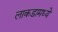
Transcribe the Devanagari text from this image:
लाकडामध्ये